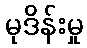
မုဒိန်းမှု